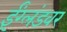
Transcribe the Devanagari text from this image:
ईंग्लंडवर